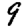
Digit: 9